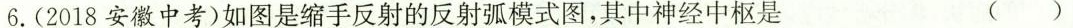
6.(2018安徽中考)如图是缩手反射的反射弧模式图，其中神经中枢是 ()